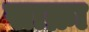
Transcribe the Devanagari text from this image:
साक्रा